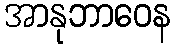
အာနုဘာဝေန